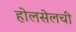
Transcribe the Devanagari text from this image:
होलसेलची